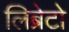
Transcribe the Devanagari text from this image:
लिब्रेटो